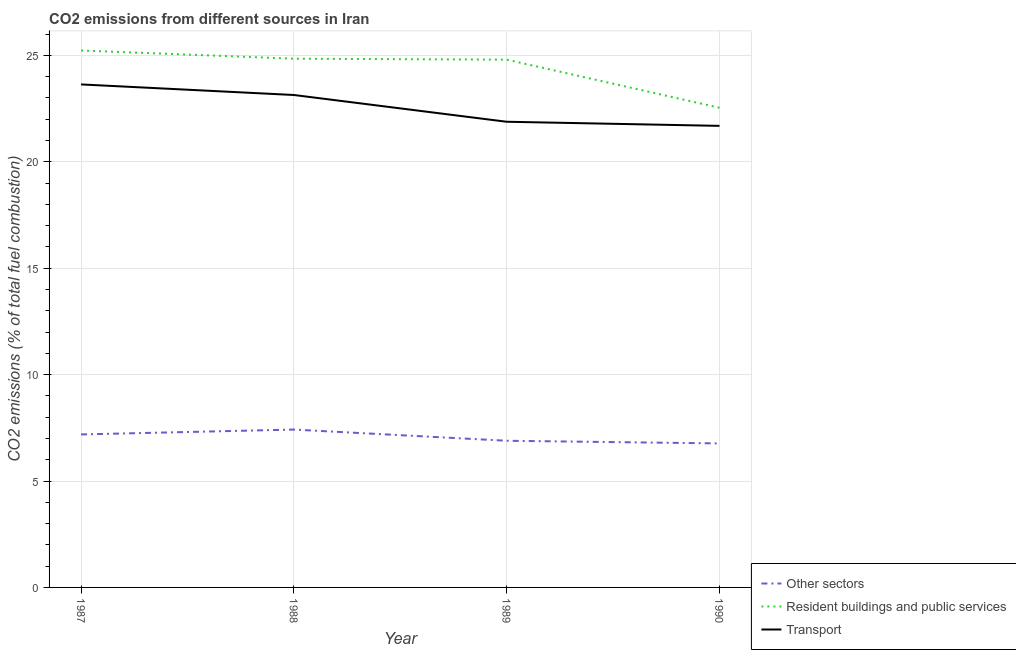
| Year | Other sectors | Resident buildings and public services | Transport |
 | --- | --- | --- | --- |
 | 1987 | 7.19 | 25.2 | 23.6 |
 | 1988 | 7.42 | 24.8 | 23.1 |
 | 1989 | 6.89 | 24.8 | 21.9 |
 | 1990 | 6.77 | 22.5 | 21.7 |